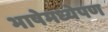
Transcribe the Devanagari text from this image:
भाषेमध्येपण